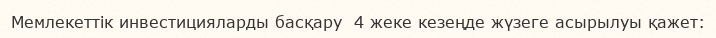
Мемлекеттік инвестицияларды басқару  4 жеке кезеңде жүзеге асырылуы қажет: